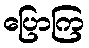
ပြောကြ